Vaccination in Bombay 1863-1868 - 1863-1868
Year: 1863
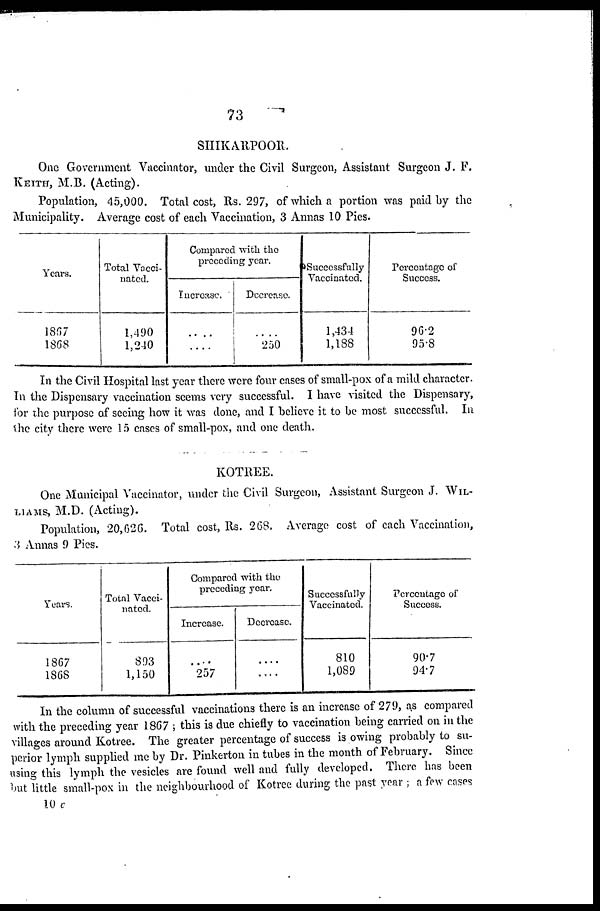
73
SHIKARPOOR.
One Government Vaccinator, under the Civil Surgeon, Assistant Surgeon J. F.
KEITH, M.B. (Acting).
Population, 45,000. Total cost, Rs. 297, of which a portion was paid by the
Municipality. Average cost of each Vaccination, 3 Annas 10 Pies.
Years.
1867
1868
Total Vacci-
nated.
1,490
1,240
Compared with the
preceding year.
Increase.
....
....
Decrease.
....
250
Successfully
Vaccinated.
1,434
1,188
Percentage of
Success.
96.2
95.8
In the Civil Hospital last year there were four cases of small-pox of a mild character.
In the Dispensary vaccination seems very successful. I have visited the Dispensary,
for the purpose of seeing how it was done, and I believe it to be most successful. In
the city there were 15 cases of small-pox, and one death.
KOTREE.
One Municipal Vaccinator, under the Civil Surgeon, Assistant Surgeon J. WIL¬
-----, M.D. (Acting).
Population, 20,626. Total cost, Rs. 268. Average cost of each Vaccination,
3 Annas 9 Pies.
Years.
1867
1868
Total Vacci-
nated.
893
1,150
Compared with the
preceding year.
Increase.
....
257
Decrease.
....
....
Successfully
Vaccinated.
810
1,089
Percentage of
Success.
90.7
94.7
In the column of successful vaccinations there is an increase of 279, as compared
with the preceding year 1867 ; this is due chiefly to vaccination being carried on in the
villages around Kotree. The greater percentage of success is owing probably to su-
perior lymph supplied me by Dr. Pinkerton in tubes in the month of February. Since
using this lymph the vesicles are found well and fully developed. There has been
but little small-pox in the neighbourhood of Kotree during the past year ; a few cases
10 c